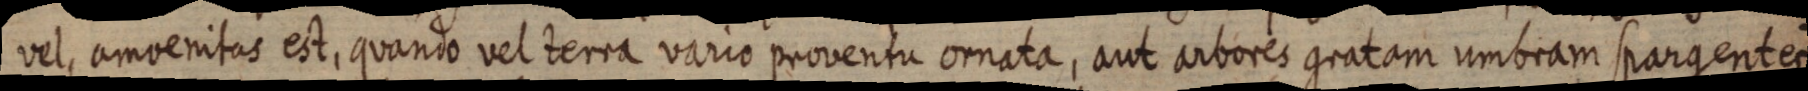
vel, amvenitas est, quando vel terra vario proventu omata, aut arbores gratam umbram spargentes,